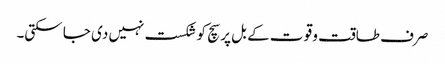
صرف طاقت و قو ت کے بل پر سچ کو شکست نہیں دی جا سکتی۔